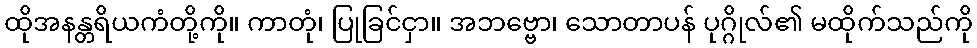
ထိုအနန္တရိယကံတို့ကို။ ကာတုံ၊ ပြုခြင်ငှာ။ အဘဗ္ဗော၊ သောတာပန် ပုဂ္ဂိုလ်၏ မထိုက်သည်ကို